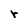
Character: r